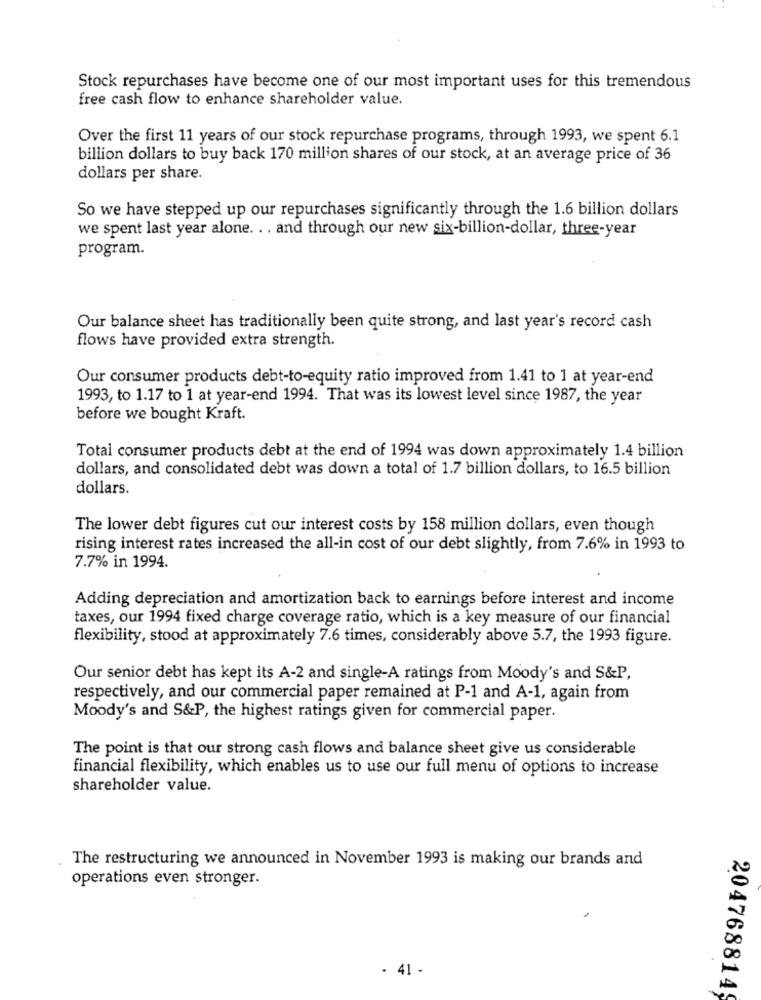
Stock repurchases have become one of our most important uses for this tremendous
free cash flow to enhance shareholder value.
Over the first 11 years of our stock repurchase programs, through 1993, we spent 6.1
billion dollars to buy back 170 million shares of our stock, at an average price of 36
dollars per share.
So we have stepped up our repurchases significantly through the 1.6 billion dollars
we spent last year alone. . . and through our new six-billion-dollar, three-year
program.
Our balance sheet has traditionally been quite strong, and last year's record cash
flows have provided extra strength.
Our consumer products debt-to-equity ratio improved from 1.41 to 1 at year-end
1993, to 1.17 to 1 at year-end 1994. That was its lowest level since 1987, the year
before we bought Kraft.
Total consumer products debt at the end of 1994 was down approximately 1.4 billion
dollars, and consolidated debt was down a total of 1.7 billion dollars, to 16.5 billion
dollars.
The lower debt figures cut our interest costs by 158 million dollars, even though
rising interest rates increased the all-in cost of our debt slightly, from 7.6% in 1993 to
7.7% in 1994.
Adding depreciation and amortization back to earnings before interest and income
taxes, our 1994 fixed charge coverage ratio, which is a key measure of our financial
flexibility, stood at approximately 7.6 times, considerably above 5.7, the 1993 figure.
Our senior debt has kept its A-2 and single-A ratings from Moody's and S&P,
respectively, and our commercial paper remained at P-1 and A-1, again from
Moody's and S&P, the highest ratings given for commercial paper.
The point is that our strong cash flows and balance sheet give us considerable
financial flexibility, which enables us to use our full menu of options to increase
shareholder value.
The restructuring we announced in November 1993 is making our brands and
operations even stronger.
. 41 -
2047688149